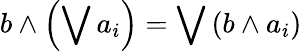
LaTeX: b\wedge\left(\bigvee a_{i}\right)=\bigvee\left(b\wedge a_{i}\right)